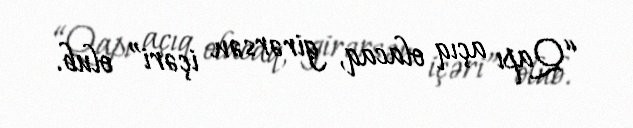
“Qapı açıq olacaq, girərsən içəri” olub.